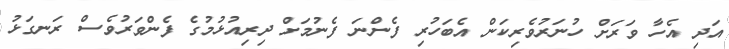
އަދި އެހާ ވަރަށް ހުނަރުވެރިކަން އެބަހުރި ފެންނަ ފެނުމަށް ދިރިއުޅުމުގެ ފެންވަރުވެސް ރަނގަޅު